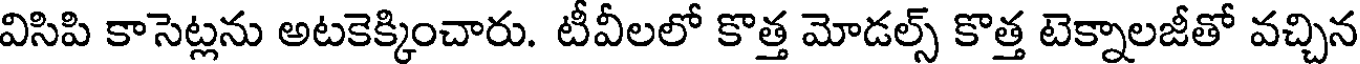
విసిపి కాసెట్లను అటకెక్కించారు. టీవీలలో కొత్త మోడల్స్ కొత్త టెక్నాలజీతో వచ్చిన